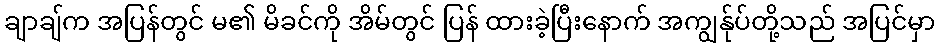
ချာချ်က အပြန်တွင် မ၏ မိခင်ကို အိမ်တွင် ပြန် ထားခဲ့ပြီးနောက် အကျွန်ုပ်တို့သည် အပြင်မှာ